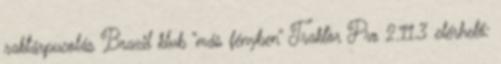
raktárpucolás Brazil klub “más fényben” Traktor Pro 2.11.3 elérhető: